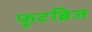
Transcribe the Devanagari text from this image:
फूटब्रिज